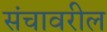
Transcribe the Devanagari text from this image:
संचावरील